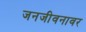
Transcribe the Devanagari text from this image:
जनजीवनावर